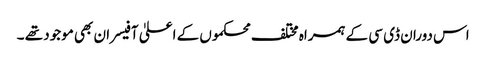
اس دوران ڈی سی کے ہمراہ مختلف محکموں کے اعلیٰ آفیسران بھی موجود تھے ۔